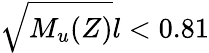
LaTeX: \sqrt{M_{u}(Z)}l<0.81